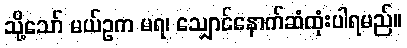
သို့သော် မယ်ဥက မရ၊ သျှောင်နောက်ဆံထုံးပါရမည်။